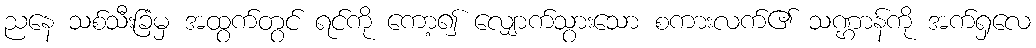
ညနေ သစ်သီးခြံမှ အထွက်တွင် ရင်ကို ကော့၍ လျှောက်သွားသော စကားလက်၏ သဏ္ဌာန်ကို အက်ရှလေ